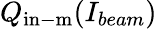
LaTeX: Q_{\mathrm{in-m}}(I_{beam})